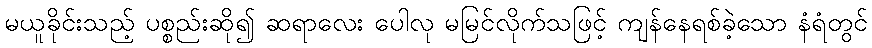
မယူခိုင်းသည့် ပစ္စည်းဆို၍ ဆရာလေး ပေါလု မမြင်လိုက်သဖြင့် ကျန်နေရစ်ခဲ့သော နံရံတွင်